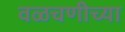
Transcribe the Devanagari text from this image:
वळचणीच्या